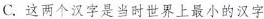
C.这两个汉字是当时世界上最小的汉字